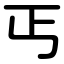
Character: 丐